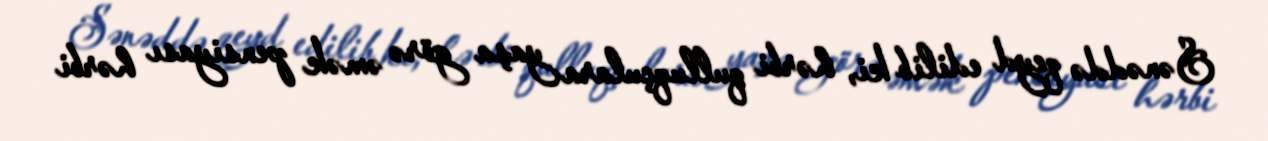
Sənəddə qeyd edilib ki, hərbi qulluqçulara yaşa görə əmək pensiyası hərbi